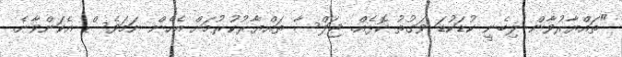
"ތައްޔާރުވާން ލިބެނީ ކުޑަކުޑަ ވަގުތު ކޮޅެއް. ޖަލްސާ ތައްޔާރުކުރުމަށް އެހެން ނަމަވެސް އެކަންވާނެ.